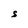
Character: S